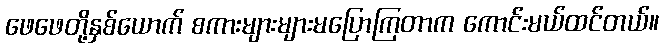
ဖေဖေတို့နှစ်ယောက် စကားများများမပြောကြတာက ကောင်းမယ်ထင်တယ်။